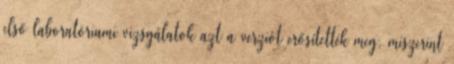
első laboratóriumi vizsgálatok azt a verziót erősítették meg, miszerint